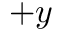
+ y